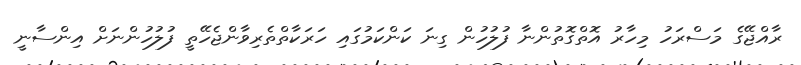
ރާއްޖޭގެ މަސްރަހު މިހާރު އޮތްގޮތުންނާ ފުލުހުން ގިނަ ކަންކަމުގައި ހަރަކާތްތެރިވާންޖެހޭތީ ފުލުހުންނަށް އިންސާނީ